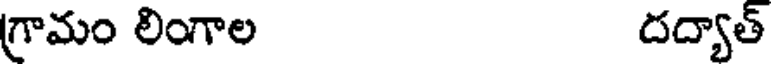
గ్రామం లింగాల దద్యాత్